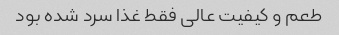
طعم و کیفیت عالی فقط غذا سرد شده بود